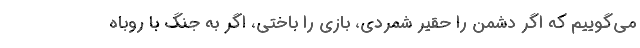
می‌گوییم که اگر دشمن را حقیر شمردی، بازی را باختی، اگر به جنگ با روباه